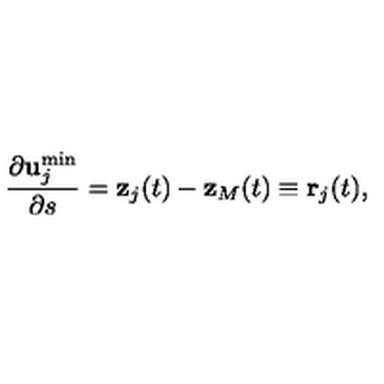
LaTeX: \frac { \partial { \bf u } _ { j } ^ { \min } } { \partial s } = { \bf z } _ { j } ( t ) - { \bf z } _ { M } ( t ) \equiv { \bf r } _ { j } ( t ) ,